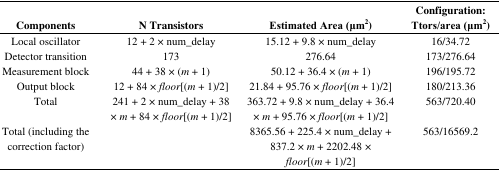
<table><thead><tr><td><b>Components</b></td><td><b>N Transistors</b></td><td><b>Estimated Area (μm<sup>2</sup>)</b></td><td><b>Configuration: Ttors/area (μm<sup>2</sup>)</b></td></tr></thead><tbody><tr><td>Local oscillator</td><td>12 + 2 × num_delay</td><td>15.12 + 9.8 × num_delay</td><td>16/34.72</td></tr><tr><td>Detector transition</td><td>173</td><td>276.64</td><td>173/276.64</td></tr><tr><td>Measurement block</td><td>44 + 38 × (<i>m</i> + 1)</td><td>50.12 + 36.4 × (<i>m</i> + 1)</td><td>196/195.72</td></tr><tr><td>Output block</td><td>12 + 84 × <i>floor</i>[(<i>m</i> + 1)/2]</td><td>21.84 + 95.76 × <i>floor</i>[(<i>m</i> + 1)/2]</td><td>180/213.36</td></tr><tr><td>Total</td><td>241 + 2 × num_delay + 38 × <i>m</i> + 84 × <i>floor</i>[(<i>m</i> + 1)/2]</td><td>363.72 + 9.8 × num_delay + 36.4 × <i>m</i> + 95.76 × <i>floor</i>[(<i>m</i> + 1)/2]</td><td>563/720.40</td></tr><tr><td>Total (including the correction factor)</td><td></td><td>8365.56 + 225.4 × num_delay + 837.2 × <i>m</i> + 2202.48 × <i>floor</i>[(<i>m</i> + 1)/2]</td><td>563/16569.2</td></tr></tbody></table>